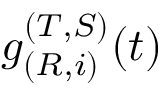
g _ { ( R , i ) } ^ { ( T , S ) } ( t )